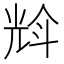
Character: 𠒡